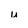
Character: u